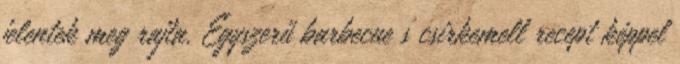
jelentek meg rajta. Egyszerű barbecue s csirkemell recept képpel